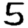
Digit: 5